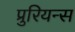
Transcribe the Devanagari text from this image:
प्रुरियन्स